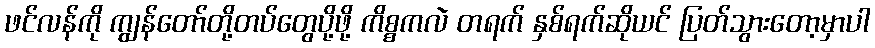
ဖင်လန်ကို ကျွန်တော်တို့တပ်တွေပို့ဖို့ ကိစ္စကလဲ တရက် နှစ်ရက်ဆိုယင် ပြတ်သွားတော့မှာပါ